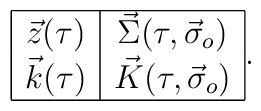
\begin{array}{|c|c|}\hline \vec{z}(\tau)&\vec{\Sigma}(\tau,\vec{\sigma}_o)\\\vec{k}(\tau)&\vec{K}(\tau,\vec{\sigma}_o)\\ \hline\end{array}.